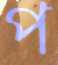
প